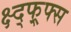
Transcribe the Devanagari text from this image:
क्ष्द्फ्र्फ्स